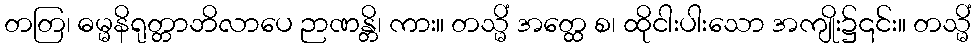
တတြ၊ ဓမ္မနိရုတ္တာဘိလာပေ ဉာဏန္တိ၊ ကား။ တသ္မိံ အတ္ထေ စ၊ ထိုငါးပါးသော အကျိုး၌၎င်း။ တသ္မိံ